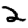
Digit: 2